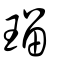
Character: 璢